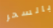
بالسحر